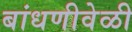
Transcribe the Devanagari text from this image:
बांधणीवेळी